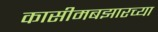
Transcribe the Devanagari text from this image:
कासीमबझारच्या